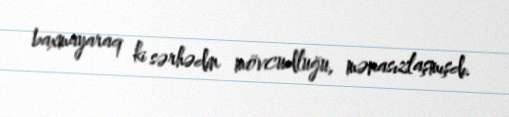
baxmayaraq ki sərhədin mövcudluğu, mənasızlaşmışdı.